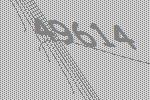
49614